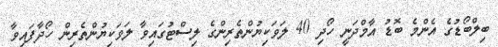
ބިލްބޯޑުގެ އެންމެ ބޮޑު އާމްދަނީ ހޯދި 40 ލަވަކިޔުންތެރިންގެ ލިސްޓުގައިވާ ލަވަކިޔުންތެރިން ހޯދާފައިވާ